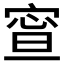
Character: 𡩉